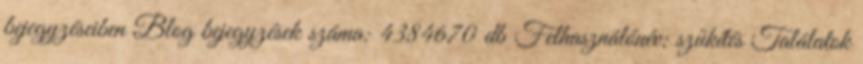
bejegyzéseiben Blog bejegyzések száma: 4384670 db Felhasználónév: szűkítés Találatok